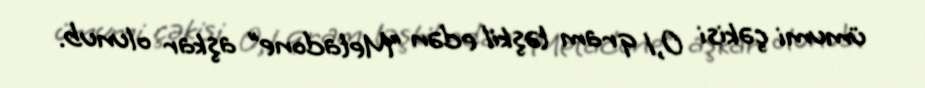
ümumi çəkisi 0,1 qram təşkil edən “Metadone” aşkar olunub.